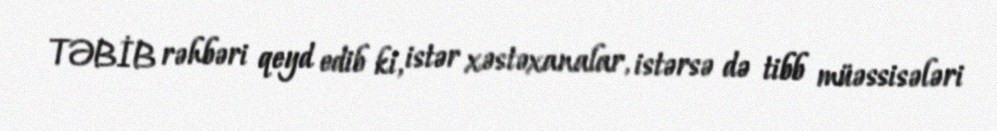
TƏBİB rəhbəri qeyd edib ki, istər xəstəxanalar, istərsə də tibb müəssisələri